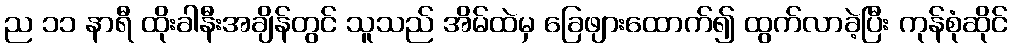
ည ၁၁ နာရီ ထိုးခါနီးအချိန်တွင် သူသည် အိမ်ထဲမှ ခြေဖျားထောက်၍ ထွက်လာခဲ့ပြီး ကုန်စုံဆိုင်